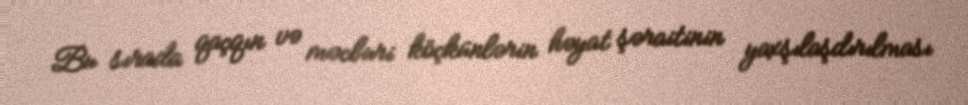
Bu sırada qaçqın və məcburi köçkünlərin həyat şəraitinin yaxşılaşdırılması